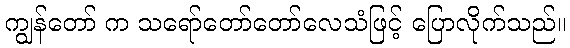
ကျွန်တော် က သရော်တော်တော်လေသံဖြင့် ပြောလိုက်သည်။